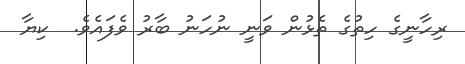
ރިހާނީގެ ހިތުގެ ތެޅުން ވަނީ ނުހަނު ބާރު ވެފައެވެ.  ކިޔާ